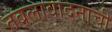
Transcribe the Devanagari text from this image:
तबलावादनाची